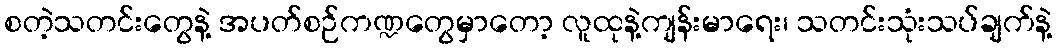
စတဲ့သတင်းတွေနဲ့ အပတ်စဉ်ကဏ္ဍတွေမှာတော့ လူထုနဲ့ကျန်းမာရေး၊ သတင်းသုံးသပ်ချက်နဲ့